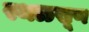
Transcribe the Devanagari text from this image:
स्थळखूण